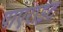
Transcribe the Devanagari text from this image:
पाएराइट